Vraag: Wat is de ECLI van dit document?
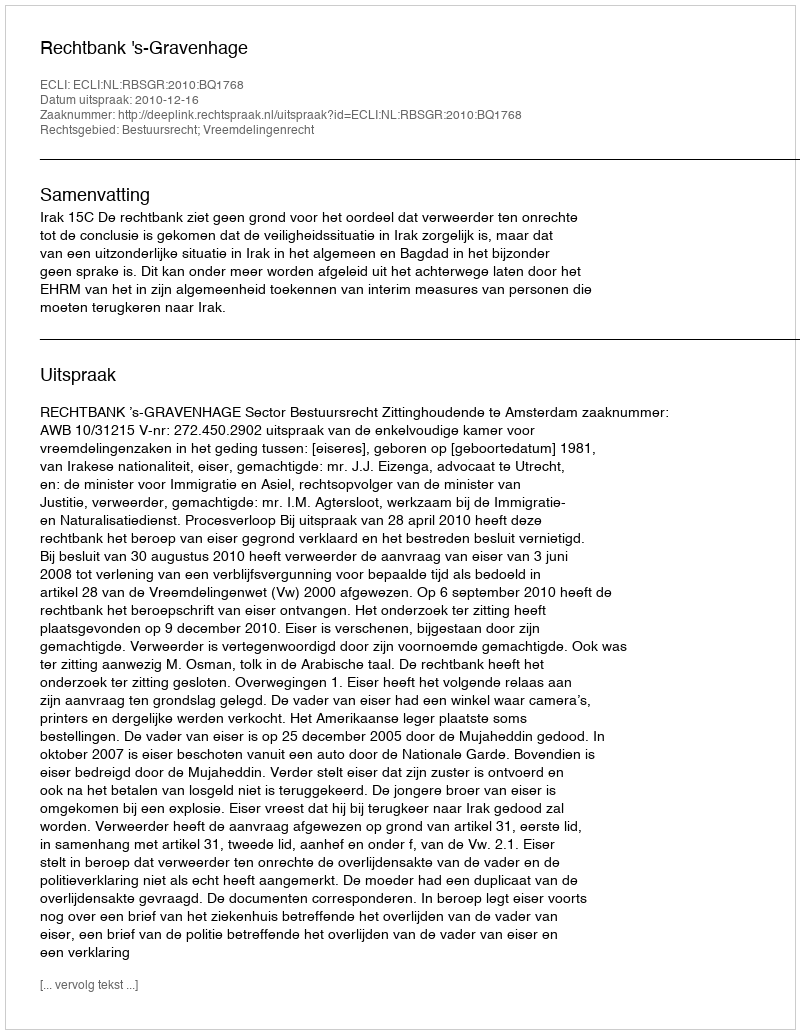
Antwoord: ECLI:NL:RBSGR:2010:BQ1768